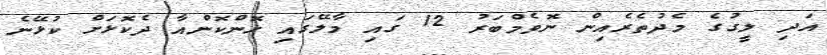
އަދި ލީގުގެ މެދުތެރެއިން ނޮވެމްބަރު 12 ގައި މާލޭގައި ހޮންކޮންއާ ދެކޮޅަށް ކުޅޭނެ